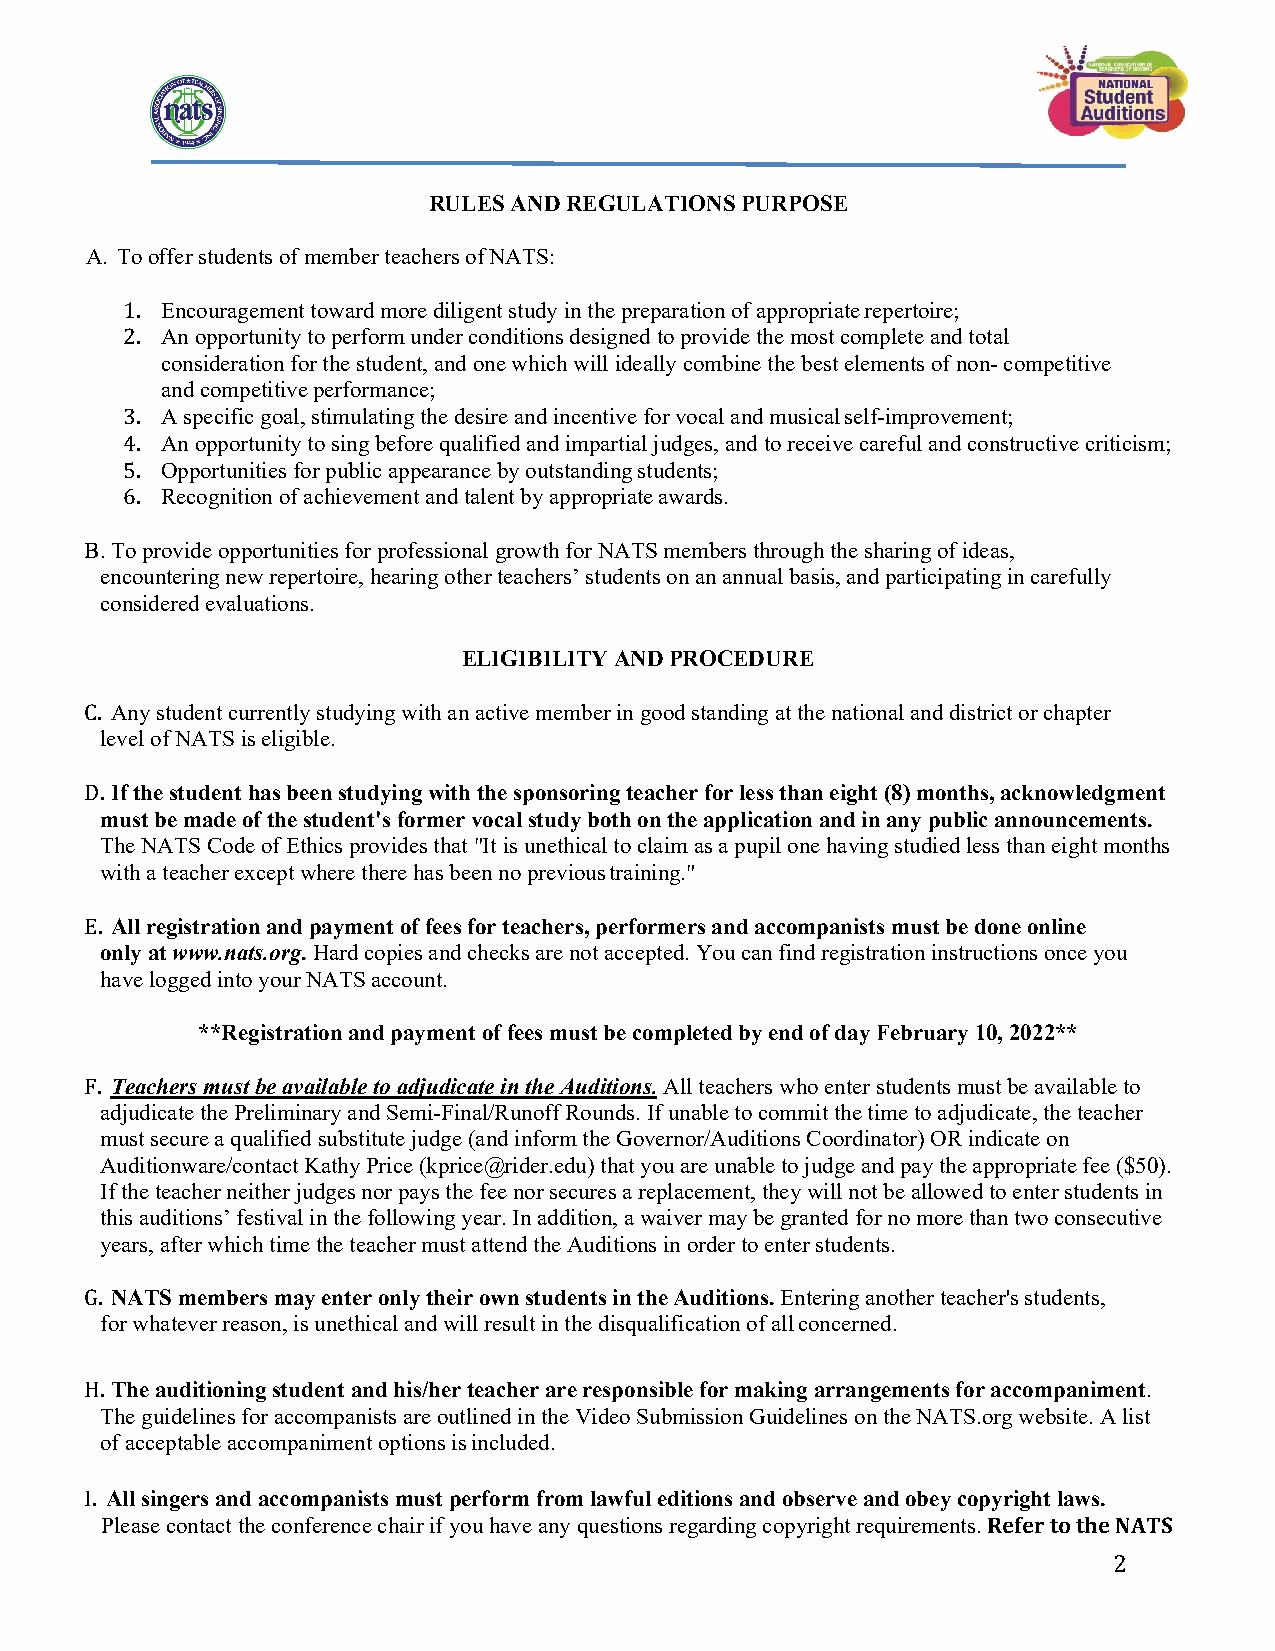
RULES AND REGULATIONS PURPOSE
 A. To offer students of member teachers of NATS:
 1. Encouragement toward more diligent study in the preparation of appropriate repertoire;
 2. An opportunity to perform under conditions designed to provide the most complete and total
 consideration for the student, and one which will ideally combine the best elements of non- competitive
 and competitive performance;
 3. A specific goal, stimulating the desire and incentive for vocal and musical self-improvement;
 4. An opportunity to sing before qualified and impartial judges, and to receive careful and constructive criticism;
 5. Opportunities for public appearance by outstanding students;
 6. Recognition of achievement and talent by appropriate awards.
 B. To provide opportunities for professional growth for NATS members through the sharing of ideas,
 encountering new repertoire, hearing other teachers’ students on an annual basis, and participating in carefully
 considered evaluations.
 ELIGIBILITY AND PROCEDURE
 C. Any student currently studying with an active member in good standing at the national and district or chapter
 level of NATS is eligible.
 D. If the student has been studying with the sponsoring teacher for less than eight (8) months, acknowledgment
 must be made of the student's former vocal study both on the application and in any public announcements.
 The NATS Code of Ethics provides that "It is unethical to claim as a pupil one having studied less than eight months
 with a teacher except where there has been no previous training."
 E. All registration and payment of fees for teachers, performers and accompanists must be done online
 only at www.nats.org. Hard copies and checks are not accepted. You can find registration instructions once you
 have logged into your NATS account.
 **Registration and payment of fees must be completed by end of day February 10, 2022**
 F. Teachers must be available to adjudicate in the Auditions. All teachers who enter students must be available to
 adjudicate the Preliminary and Semi-Final/Runoff Rounds. If unable to commit the time to adjudicate, the teacher
 must secure a qualified substitute judge (and inform the Governor/Auditions Coordinator) OR indicate on
 Auditionware/contact Kathy Price (kprice@rider.edu) that you are unable to judge and pay the appropriate fee ($50).
 If the teacher neither judges nor pays the fee nor secures a replacement, they will not be allowed to enter students in
 this auditions’ festival in the following year. In addition, a waiver may be granted for no more than two consecutive
 years, after which time the teacher must attend the Auditions in order to enter students.
 G. NATS members may enter only their own students in the Auditions. Entering another teacher's students,
 for whatever reason, is unethical and will result in the disqualification of all concerned.
 H. The auditioning student and his/her teacher are responsible for making arrangements for accompaniment.
 The guidelines for accompanists are outlined in the Video Submission Guidelines on the NATS.org website. A list
 of acceptable accompaniment options is included.
 I. All singers and accompanists must perform from lawful editions and observe and obey copyright laws.
 Please contact the conference chair if you have any questions regarding copyright requirements. Refer to the NATS
 2